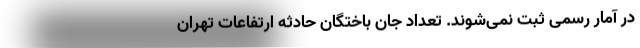
در آمار رسمی ثبت نمی‌شوند. تعداد جان باختگان حادثه ارتفاعات تهران